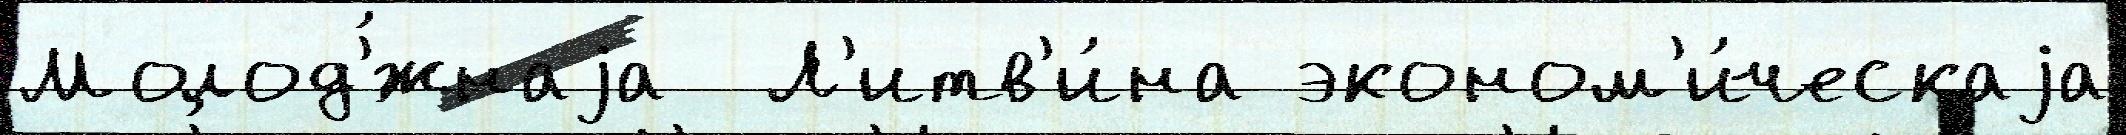
Молод'́жнаjа  Л'итв'и́на эконом'и́ческаjа